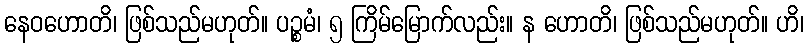
နေဝဟောတိ၊ ဖြစ်သည်မဟုတ်။ ပဉ္စမံ၊ ၅ ကြိမ်မြောက်လည်း။ န ဟောတိ၊ ဖြစ်သည်မဟုတ်။ ဟိ၊